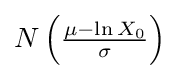
N\left({\tfrac {\mu -\ln X_{0}}{\sigma }}\right)